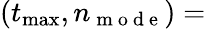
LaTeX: (t_{\operatorname*{max}},n_{\mathrm{~m~o~d~e~}})=